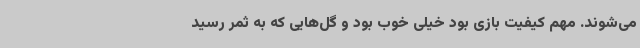
می‌شوند. مهم کیفیت بازی بود خیلی خوب بود و گل‌هایی که به ثمر رسید